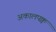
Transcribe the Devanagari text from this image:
अकालपक्व